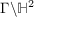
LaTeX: \Gamma \backslash \mathbb { H } ^ { 2 }